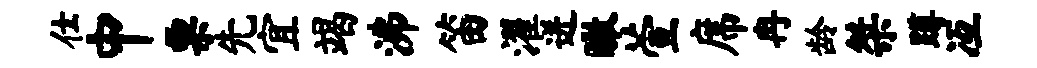
仕中票先宜竭沸笛濯迸瞰萱席冉龄桀蹲冱